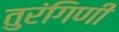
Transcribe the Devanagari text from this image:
तुरंगिणी